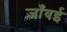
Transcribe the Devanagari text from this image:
जाँवई